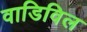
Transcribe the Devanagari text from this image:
वाडिविल